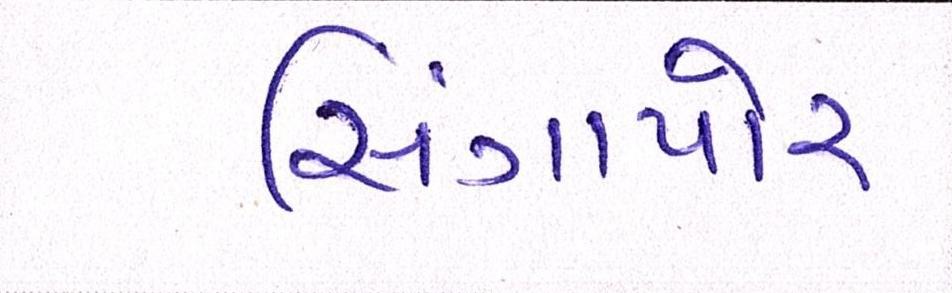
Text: સિંગાપોર